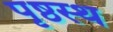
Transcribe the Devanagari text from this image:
पृष्ठस्थ